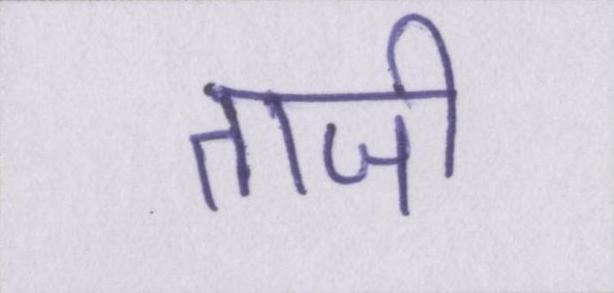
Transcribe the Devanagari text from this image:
ताजी